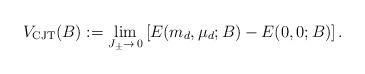
LaTeX: \begin{align*}V_{\rm CJT}(B) := \lim_{J_\pm \to\,0} \left[ E(m_d, \mu_d;B) -E(0,0;B) \right]. \end{align*}